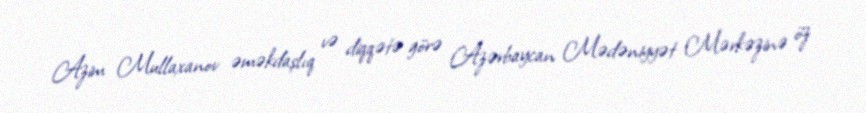
Azim Mullaxanov əməkdaşlıq və diqqətə görə Azərbaycan Mədəniyyət Mərkəzinə öz